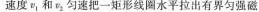
v_{1} 和v_{2} 匀速把一矩形线圈水平拉出有界匀强磁